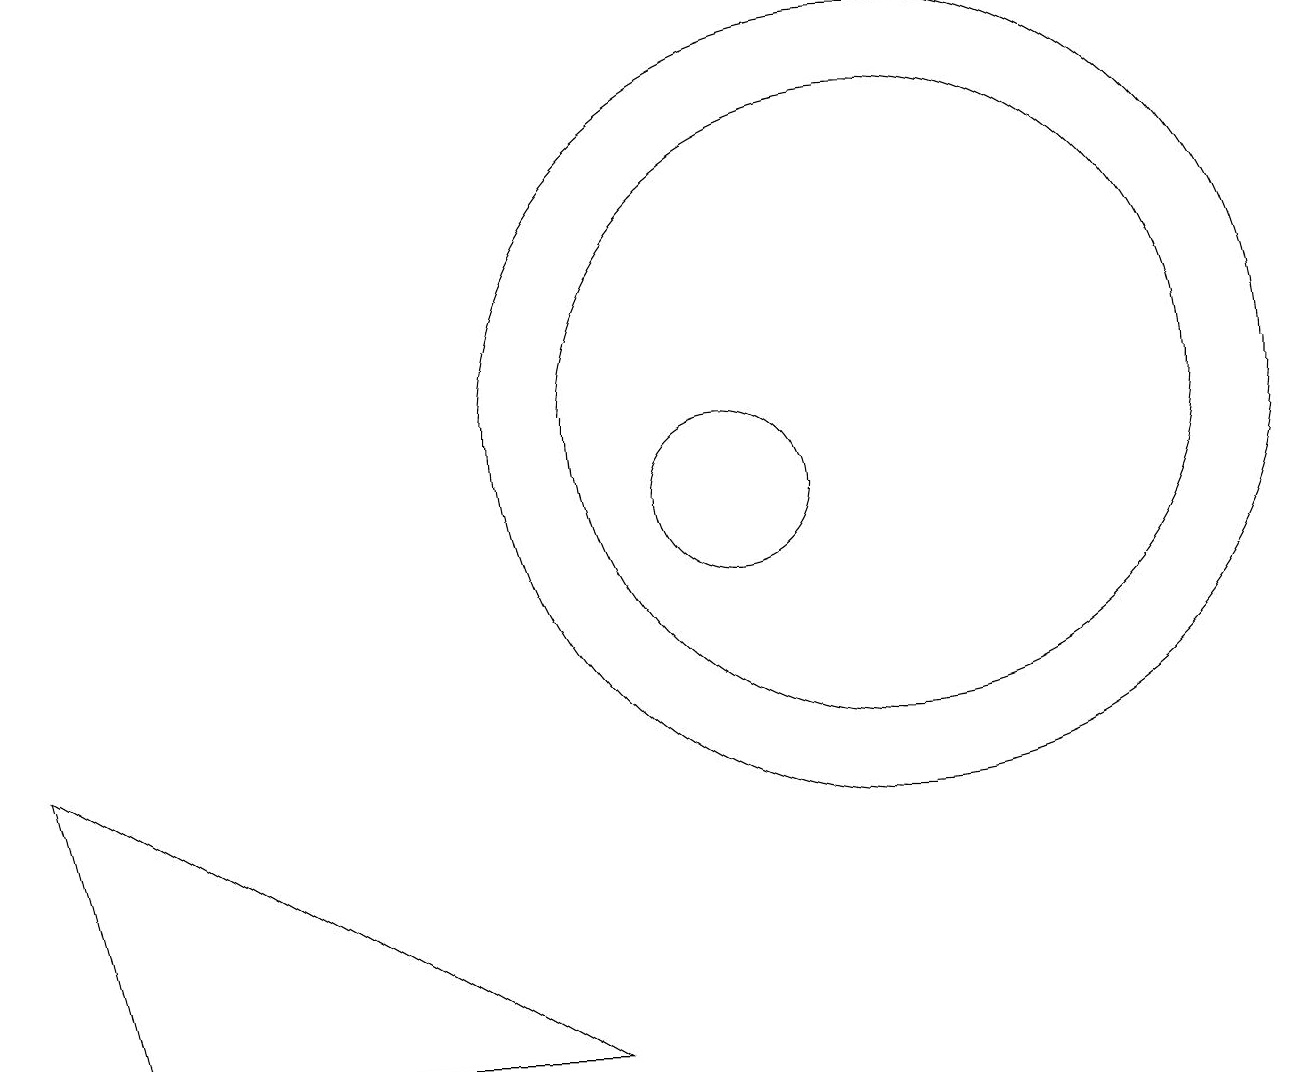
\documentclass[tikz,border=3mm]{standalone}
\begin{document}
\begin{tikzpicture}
\draw (10,10) circle (1);
\draw (12,11) circle (4);
\draw (12,11) circle (5);
\draw (1,7) -- (2,3) -- (8,3) -- cycle;
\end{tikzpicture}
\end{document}